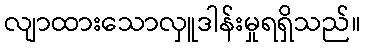
လျာထားသောလှူဒါန်းမှုရရှိသည်။